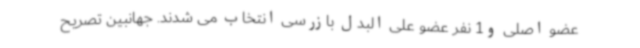
عضو اصلی و1 نفر عضو علی البدل بازرسی انتخاب می شدند. جهانبین تصریح